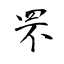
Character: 罘